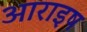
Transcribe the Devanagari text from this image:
आराइष